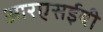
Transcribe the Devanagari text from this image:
आरएसईबी